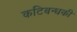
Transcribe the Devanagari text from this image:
कटिबन्धकी